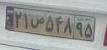
۲۱ص۵۴۸۹۵